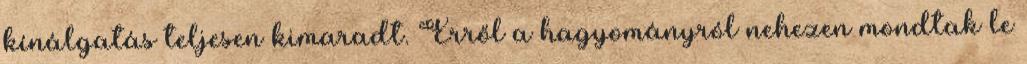
kínálgatás teljesen kimaradt. Erről a hagyományról nehezen mondtak le